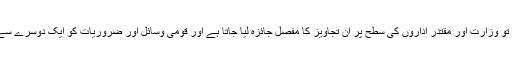
جب یہ ادارہ تحقیق اور سفارشات مکمل کرلیتاہے تو وزارت اور مقتدر اداروں کی سطح پر ان تجاویز کا مفصل جائزہ لیا جاتا ہے اور قومی وسائل اور ضروریات کو ایک دوسرے سے ہم آہنگ کرکے وزیراعظم کو پیش کیا جاتا ہے۔